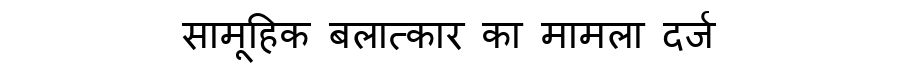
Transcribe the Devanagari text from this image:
सामूहिक बलात्कार का मामला दर्ज